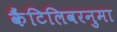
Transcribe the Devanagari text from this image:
कैंटिलिवरनुमा